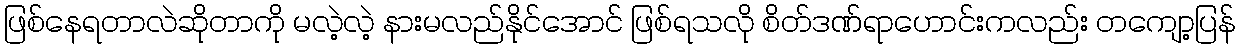
ဖြစ်နေရတာလဲဆိုတာကို မလဲ့လဲ့ နားမလည်နိုင်အောင် ဖြစ်ရသလို စိတ်ဒဏ်ရာဟောင်းကလည်း တကျော့ပြန်